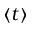
\left\langle t \right\rangle